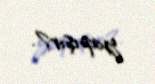
yapışır?.